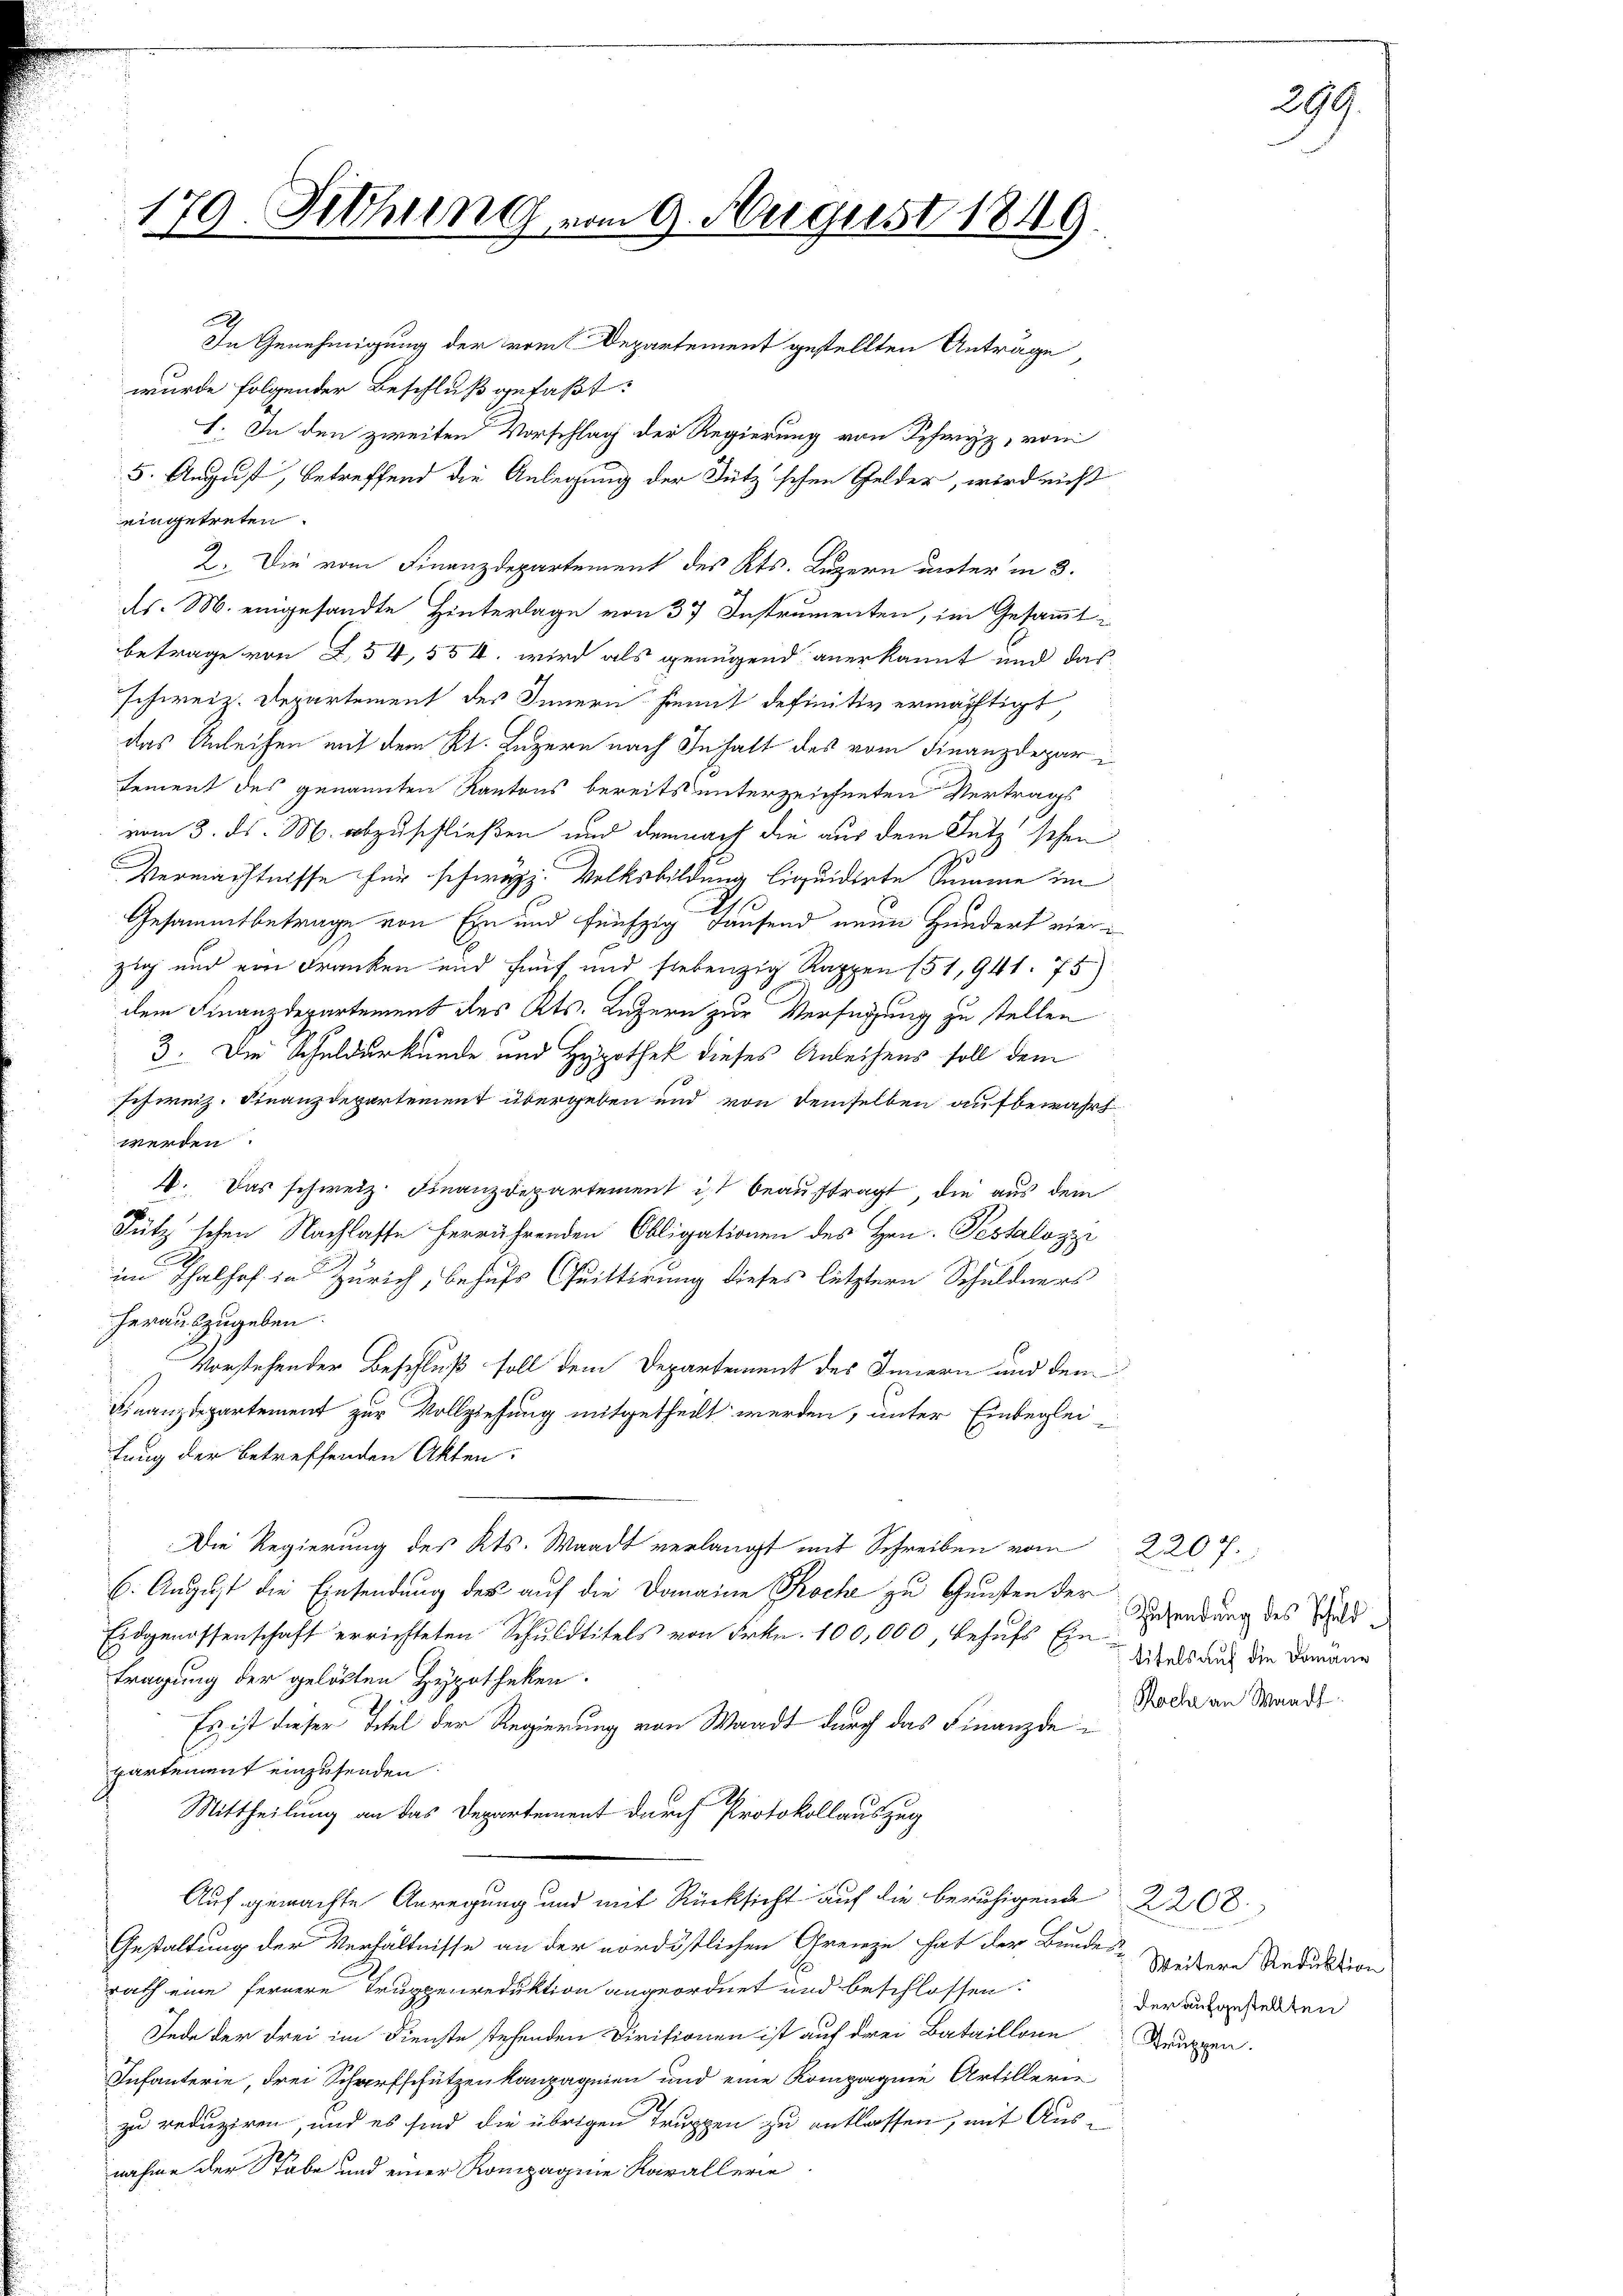
179. Fethung vom 9. August 1849.

eingetreten.
2. Die vom Finanzdepartement des Kts. Luzern unter in 8.
ds. M. eingesandte Hinterlage von 37 Instrumenten, im Gesammt-
betrage von 254, 554. wird als genügend anerkannt und das
schweiz. Departement des Innern hiemit definitiv ermächtigt,
das Anleihen mit dem Kt. Luzern nach Inhalt des vom Finanzdepari
sement des genannten Kantons bereits unterzeichneten Vertrags
vom 3. ds. M. abzuschließen und demnach die aus dem Lutz sehen
Vermächtnisse für schweiz. Volksbildung liquidirte Summe im
Gesammtbetrage von Ein und fünfzig Hausend neue Hundert vierzig und von Franken und fünf und siebenzig Rappen 151, 941. 75)
dem Finanzdepartement des Kts. Luzern zur Verfügung zu stellen
3. Die Schuldurkunde und Hypothek dieses Anleihens soll dem
schweiz. Finanzdepartement übergeben und von demselben aufbewahrt
werden.
4. Das schweiz. Finanzdepartement ist beauftragt, die aus dem
Fütz'schen Nachlasse herrührenden Obligationen des Hrn. Pestalozzi
im Thalhof in Zürich, behufs Quittirung dieses letztern Schuldners
herauszugeben.
Vorstehender Beschluß soll dem Departement des Innern und den
Finanzdepartement zur Vollziehung mitgetheilt werden, unter Einbeglei-
tung der betreffenden Akten:
Die Regierung des Kts. Waadt verlangt mit Schreiben vom 2207.
6. August die Einsendung des auf die Domaine Koch zu Gunsten der Gründung des Gold¬
Eidgenossenschaft errichteten Schuldtitels von Frkn. 100,000, behufs Eintragung der gelösten Hypotheken.
Es ist dieser Titel der Regierung von Waadt durch das Finanzde
partement einzusenden.
Mittheilung an das Departement durch Protokollauszug
Auf gemachte Anregung und mit Rücksicht auf die beruhigende 2268
Gestaltung der Verhältnisse an der nordöstlichen Grenze hat der Bundes-
rath eine fernere Truppenreduktion angeordnet und beschlossen:
Jede der drei im Dienste stehenden Diritionen ist auf drei Bataillone Gruppen.
Infanterie, drei Scharfschützenkampagnien und eine Kompagnie Artillerie
zu reduziren, und es sind die übrigen Truppen zu entlassen, mit Ausnahme der Stabe und einer Kompagnie Karallerie

In Genehmigung der romit Departement gestellten Anträge,
wurde folgender Beschluß gefaßt:
I. In den zweiten Vorschlag der Regierung von Schwyz, vom
5. August, betreffend die Anlegung der Sutz'schen Gelder, wird nicht

titels auf die Domäne
Roche an Waadt

Weitere Reduktion
der aufgestellten

299.